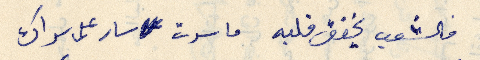
فالشعب يخفق قلبه ما سرت سار على سراك